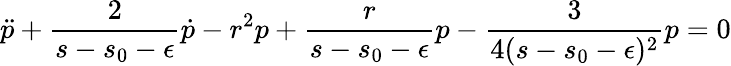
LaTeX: \ddot{p}+\frac{2}{s-s_{0}-\epsilon}\dot{p}-r^{2}p+\frac{r}{s-s_{0}-\epsilon}p-\frac{3}{4(s-s_{0}-\epsilon)^{2}}p=0